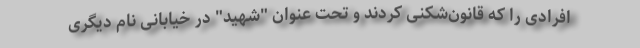
افرادی را که قانون‌شکنی کردند و تحت عنوان "شهید" در خیابانی نام دیگری